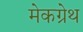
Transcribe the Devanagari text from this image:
मेकग्रेथ